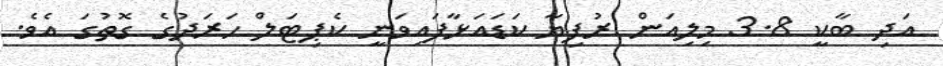
އަދި ބާކީ 3.8 މިލިއަން ރުފިޔާ ކަޑައަޅާފައިވަނީ ކެޕިޓަލް ހަރަދުގެ ގޮތުގަ އެވެ.